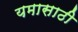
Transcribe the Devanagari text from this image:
यमासाठी